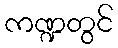
ကဏ္ဍတွင်